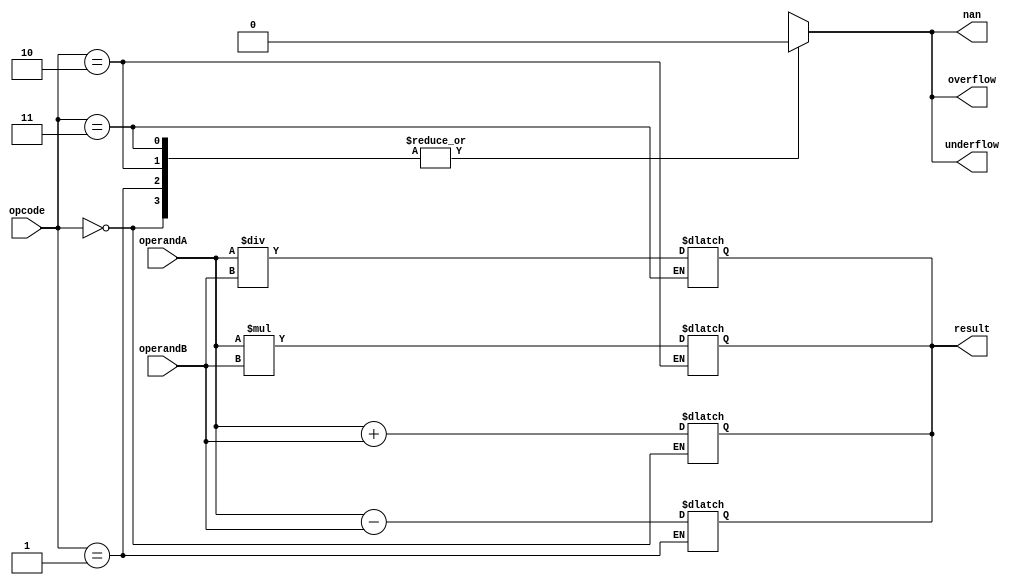
module FloatingPointALU(
    input wire [1:0] opcode,
    input wire [63:0] operandA,
    input wire [63:0] operandB,
    output reg [63:0] result,
    output reg overflow,
    output reg underflow,
    output reg nan
);

// Floating point adder
always @*
begin
    if(opcode == 2'b00) // Addition
        result = operandA + operandB;
end

// Floating point subtractor
always @*
begin
    if(opcode == 2'b01) // Subtraction
        result = operandA - operandB;
end

// Floating point multiplier
always @*
begin
    if(opcode == 2'b10) // Multiplication
        result = operandA * operandB;
end

// Floating point divider
always @*
begin
    if(opcode == 2'b11) // Division
        result = operandA / operandB;
end

// Control unit for selecting operation based on opcode
always @*
begin
    case(opcode)
        2'b00: begin // Addition
            overflow = 0;
            underflow = 0;
            nan = 0;
        end
        
        2'b01: begin // Subtraction
            overflow = 0;
            underflow = 0;
            nan = 0;
        end
        
        2'b10: begin // Multiplication
            overflow = 0;
            underflow = 0;
            nan = 0;
        end
        
        2'b11: begin // Division
            overflow = 0;
            underflow = 0;
            nan = 0;
        end
    endcase
end

endmodule